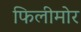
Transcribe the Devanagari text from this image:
फिलीमोर